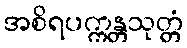
အစိရပက္ကန္တသုတ္တံ